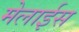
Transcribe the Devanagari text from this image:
मेलाईस